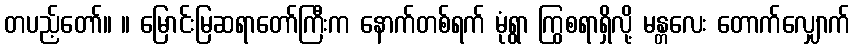
တပည့်တော်။ ။ မြောင်းမြဆရာတော်ကြီးက နောက်တစ်ရက် မုံရွာ ကြွစရာရှိလို့ မန္တလေး တောက်လျှောက်